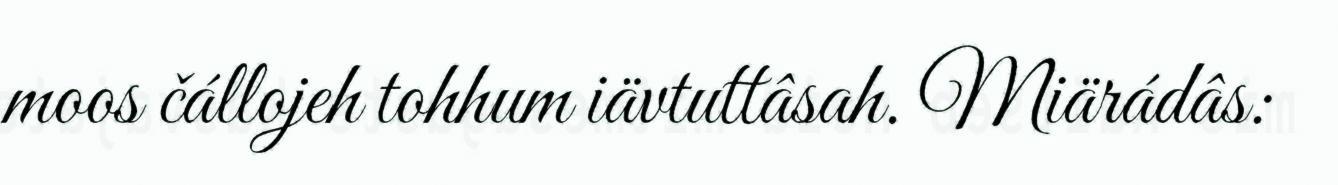
moos čállojeh tohhum iävtuttâsah. Miärádâs: